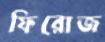
ফিরোজ